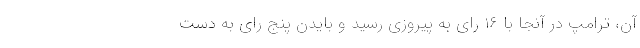
آن، ترامپ در آنجا با ۱۶ رای به پیروزی رسید و بایدن پنج رای به دست